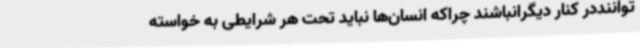
تواننددر کنار دیگرانباشند چراکه انسان‌ها نباید تحت هر شرایطی به خواسته